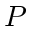
P